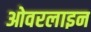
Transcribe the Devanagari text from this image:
ओवरलाइन